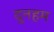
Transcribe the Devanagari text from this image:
दुनहम